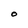
Character: O